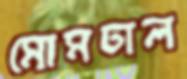
মোমঢাল